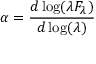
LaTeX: \alpha = { \frac { d \log ( \lambda F _ { \lambda } ) } { d \log ( \lambda ) } }